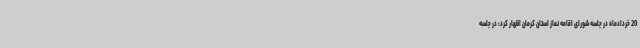
20 خردادماه در جلسه شورای اقامه نماز استان کرمان اظهار کرد: در جلسه